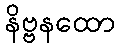
နိဗ္ဗနထော